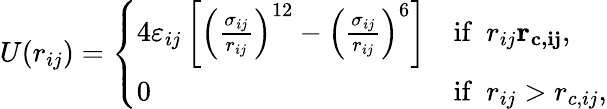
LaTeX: U({{r}_{ij}})=\left\{ \begin{array}{ll}{4\varepsilon_{ij}\left[{{\left(\frac{\sigma_{ij}}{{{r}_{ij}}}\right)}^{12}}-{{\left(\frac{\sigma_{ij}}{{{r}_{ij}}}\right)}^{6}}\right]}&{\mathrm{if}\, \, \, {{r}_{ij}}\le{{r}_{c,ij}},}\\ {0}&{\mathrm{if}\, \, \, {{r}_{ij}}>{{r}_{c,ij}},}\end{array}\right.